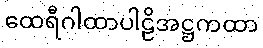
ထေရီဂါထာပါဠိအဋ္ဌကထာ